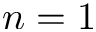
n = 1